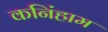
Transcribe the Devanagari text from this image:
कनिंहाम